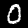
Label: 0